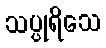
သပ္ပုရိသေ